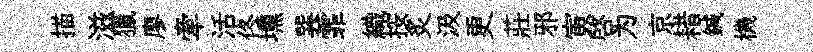
描滋獵廖牽活佟壎巽霏織按炙汲更莊邪寅啓为京耤鍼機